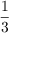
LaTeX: \frac { 1 } { 3 }